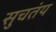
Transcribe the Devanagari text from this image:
सुचतंय